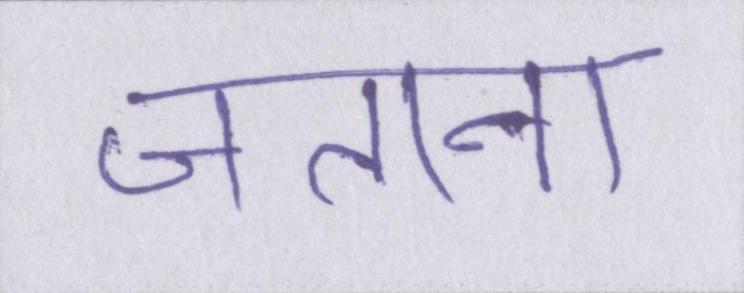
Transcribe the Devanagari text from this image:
जताना